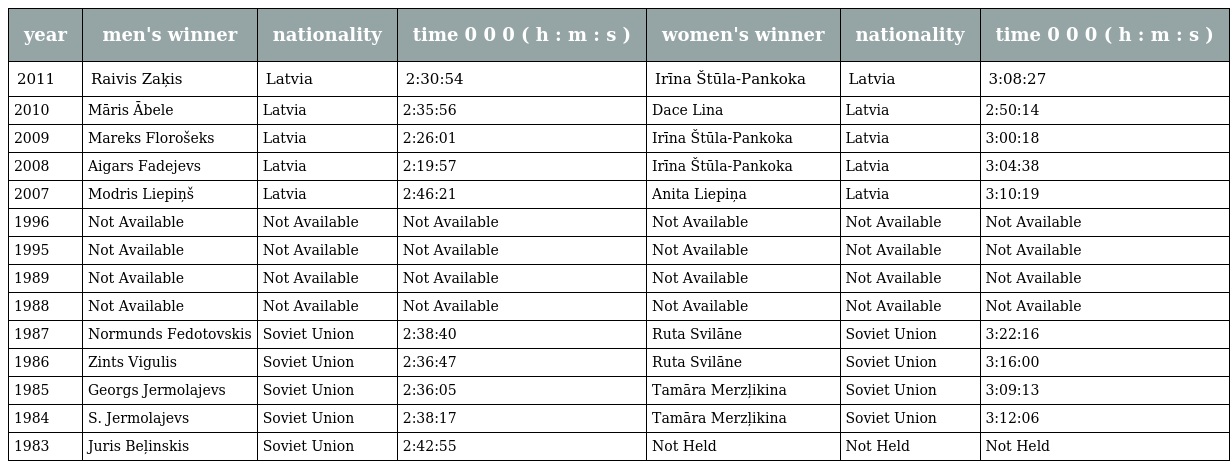
| year | men's winner | nationality | time 0 0 0 ( h : m : s ) | women's winner | nationality | time 0 0 0 ( h : m : s ) |
 | --- | --- | --- | --- | --- | --- | --- |
 | 2011 | Raivis Zaķis | Latvia | 2:30:54 | Irīna Štūla-Pankoka | Latvia | 3:08:27 |
 | 2010 | Māris Ābele | Latvia | 2:35:56 | Dace Lina | Latvia | 2:50:14 |
 | 2009 | Mareks Florošeks | Latvia | 2:26:01 | Irīna Štūla-Pankoka | Latvia | 3:00:18 |
 | 2008 | Aigars Fadejevs | Latvia | 2:19:57 | Irīna Štūla-Pankoka | Latvia | 3:04:38 |
 | 2007 | Modris Liepiņš | Latvia | 2:46:21 | Anita Liepiņa | Latvia | 3:10:19 |
 | 1996 | Not Available | Not Available | Not Available | Not Available | Not Available | Not Available |
 | 1995 | Not Available | Not Available | Not Available | Not Available | Not Available | Not Available |
 | 1989 | Not Available | Not Available | Not Available | Not Available | Not Available | Not Available |
 | 1988 | Not Available | Not Available | Not Available | Not Available | Not Available | Not Available |
 | 1987 | Normunds Fedotovskis | Soviet Union | 2:38:40 | Ruta Svilāne | Soviet Union | 3:22:16 |
 | 1986 | Zints Vigulis | Soviet Union | 2:36:47 | Ruta Svilāne | Soviet Union | 3:16:00 |
 | 1985 | Georgs Jermolajevs | Soviet Union | 2:36:05 | Tamāra Merzļikina | Soviet Union | 3:09:13 |
 | 1984 | S. Jermolajevs | Soviet Union | 2:38:17 | Tamāra Merzļikina | Soviet Union | 3:12:06 |
 | 1983 | Juris Beļinskis | Soviet Union | 2:42:55 | Not Held | Not Held | Not Held |